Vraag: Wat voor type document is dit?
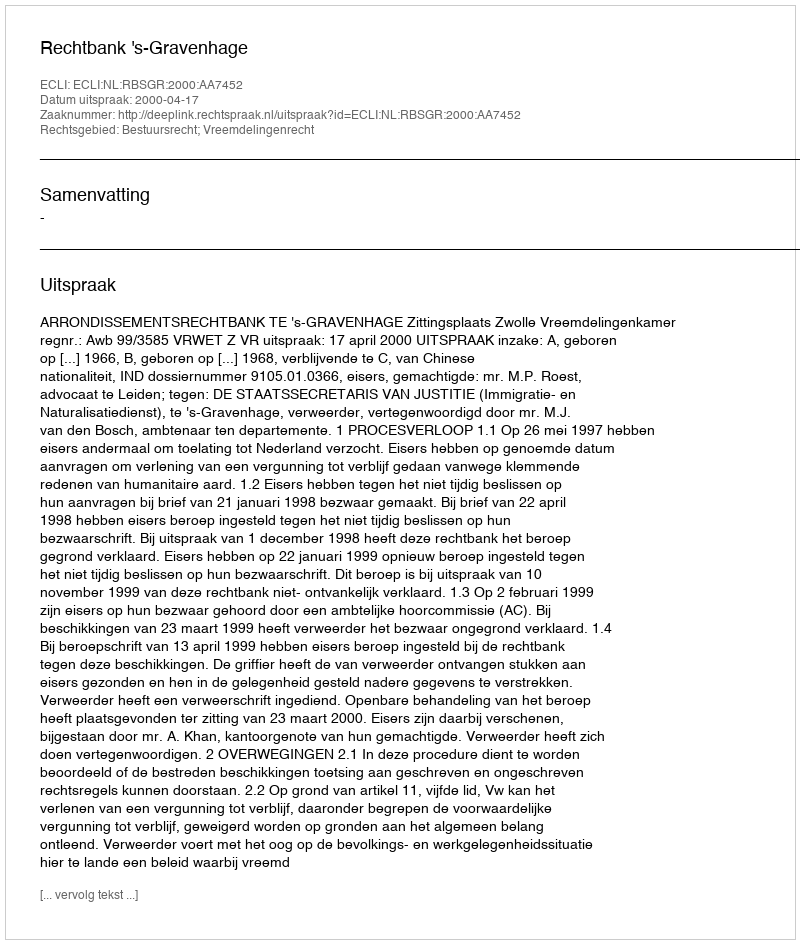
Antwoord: Uitspraak